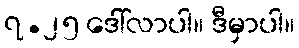
၇.၂၅ ဒေါ်လာပါ။ ဒီမှာပါ။